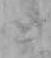
と